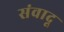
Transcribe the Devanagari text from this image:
संवादू